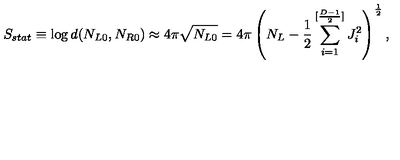
S _ { s t a t } \equiv \log d ( N _ { L 0 } , N _ { R 0 } ) \approx 4 \pi \sqrt { N _ { L 0 } } = 4 \pi \left( N _ { L } - { \frac { 1 } { 2 } } \sum _ { i = 1 } ^ { [ { \frac { D - 1 } { 2 } } ] } J _ { i } ^ { 2 } \right) ^ { \frac { 1 } { 2 } } ,